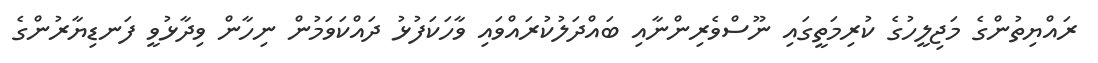
ރައްޔިތުންގެ މަޖިލީހުގެ ކުރިމަތީގައި ނޫސްވެރިންނާއި ބައްދަލުކުރައްވައި ވާހަކަފުޅު ދައްކަވަމުން ނިހާން ވިދާޅުވީ ފަނޑިޔާރުންގެ